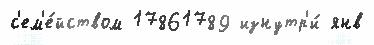
с'ем'е́йством 17861789 изнутр'и́ янв